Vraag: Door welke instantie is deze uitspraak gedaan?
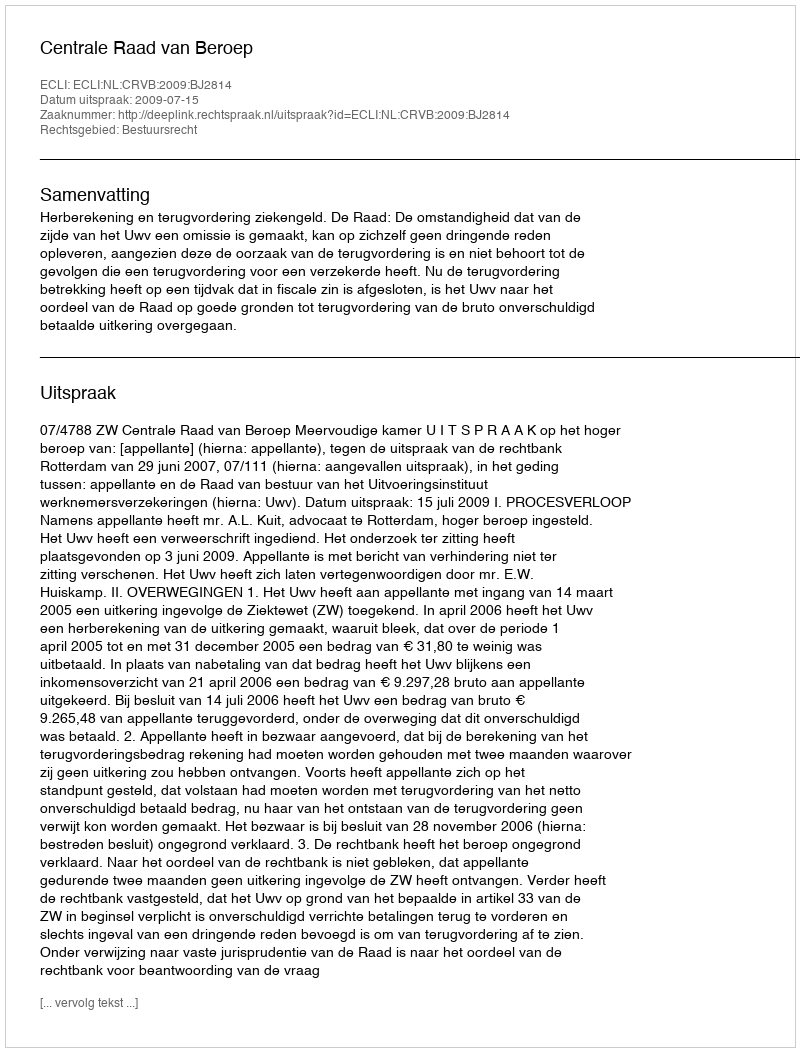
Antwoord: Centrale Raad van Beroep